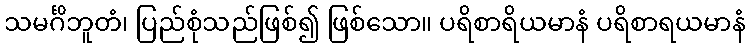
သမင်္ဂိဘူတံ၊ ပြည်စုံသည်ဖြစ်၍ ဖြစ်သော။ ပရိစာရိယမာနံ ပရိစာရယမာနံ